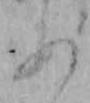
あ